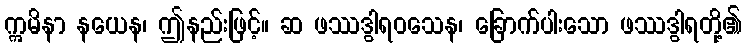
ဣမိနာ နယေန၊ ဤနည်းဖြင့်။ ဆ ဖဿဒွါရဝသေန၊ ခြောက်ပါးသော ဖဿဒွါရတို့၏